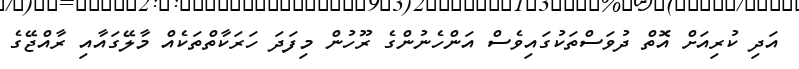
އަދި ކުރިއަށް އޮތް ދުވަސްތަކުގައިވެސް އަންހެނުންގެ ރޫހުން މިފަދަ ހަރަކާތްތަކެއް މާލޭގައާއި ރާއްޖޭގެ